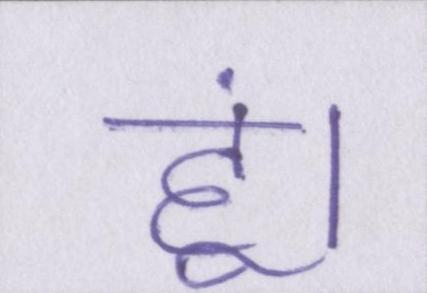
हूं।